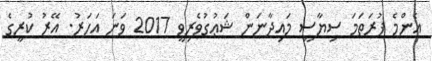
އެންމެ ފުރަތަމަ ސިޔާސީ މައިދާނަން ޝަޢުގުވެރިވީ 2017 ވަނަ އަހަރު. އޭރު ކުރީގެ